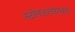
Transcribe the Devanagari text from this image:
स्टोनउलगभग